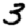
Digit: 3